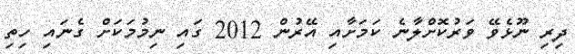
ދިރި ނޫޅެވޭ ވަރުކޮށްލާނެ ކަމަށާއި އޭރުން 2012 ގައި ނިމުމަކަށް ގެނައި ހިތި